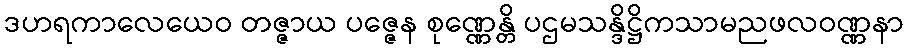
ဒဟရကာလေယေဝ တဇ္ဇာယ ပဇ္ဇေန စုဏ္ဏေန္တိ ပဌမသန္ဒိဋ္ဌိကသာမညဖလဝဏ္ဏနာ